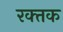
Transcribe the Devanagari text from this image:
रक्‍तक